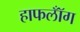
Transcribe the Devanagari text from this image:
हाफलॉँग